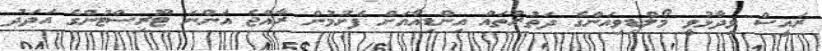
ރައީސް ވިދާޅުވީ މޯލްޑިވިއަންގެ ދަތުރުތައް އިންޑިއާއަށް ފެށުމުން ރާއްޖެ އަންނަ ޓޫރިސްޓުންގެ އަދަދު